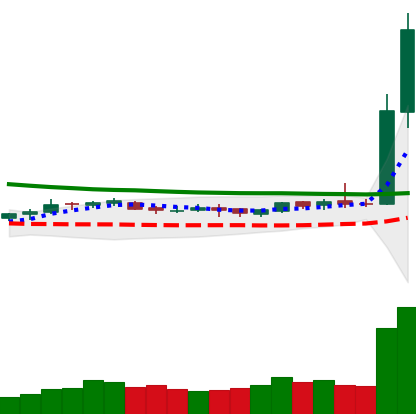
Ticker: DOGE-USD
Chart end date: 2019-04-02
Forward return: 22.29%
Label: up_7plus